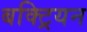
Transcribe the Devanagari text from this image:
बक्ट्रियन